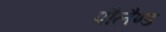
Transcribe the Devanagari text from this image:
पौलैण्ड